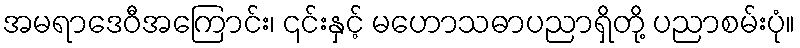
အမရာဒေဝီအကြောင်း၊ ၎င်းနှင့် မဟောသဓာပညာရှိတို့ ပညာစမ်းပုံ။